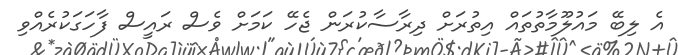
އެ ލިބޭ މައުލޫމާތުތައް އިތުުރަށް ދިރާސާކުރަން ޖެހޭ ކަމަށް ވެސް ރައީސް ފާހަގަކުރެއްވި